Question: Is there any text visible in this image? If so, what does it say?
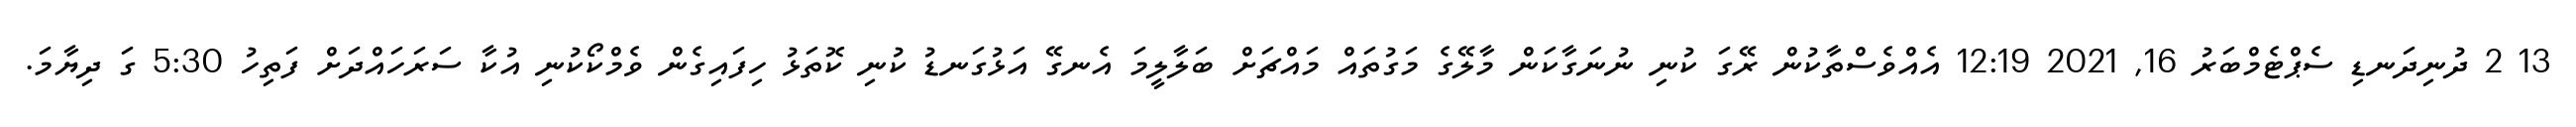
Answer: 13 2 ދުނިދަނޑި ސެޕްޓެމްބަރު 16, 2021 12:19 އެއްވެސްތާކުން ރޭގަ ކުނި ނުނަގާކަން މާލޭގެ މަގުތައް މައްޗަށް ބަލާލީމަ އެނގޭ އަޅުގަނޑު ކުނި ކޮތަޅު ހިފައިގެން ވެމްކޯކުނި އުކާ ސަރަހައްދަށް ފަތިހު 5:30 ގަ ދިޔާމަ.